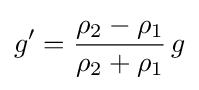
g^{\prime }={\frac {\rho _{2}-\rho _{1}}{\rho _{2}+\rho _{1}}}\,g